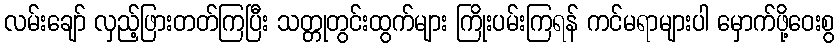
လမ်းချော် လှည့်ဖြားတတ်ကြပြီး သတ္တုတွင်းထွက်များ ကြိုးပမ်းကြရန် ကင်မရာများပါ မှောက်ဖို့ဝေးစွ